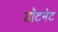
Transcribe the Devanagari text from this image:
डॉटनेट